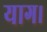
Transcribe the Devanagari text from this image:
याग।